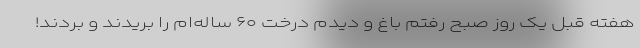
هفته قبل یک روز صبح رفتم باغ و دیدم درخت ۶۰ ساله‌ام را بریدند و بردند!